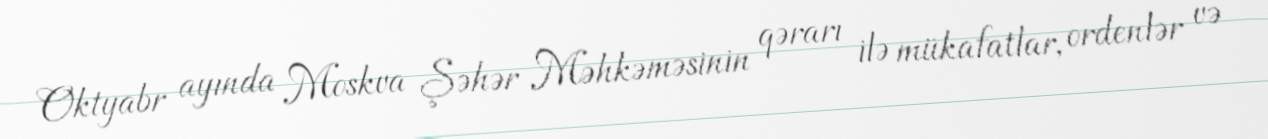
Oktyabr ayında Moskva Şəhər Məhkəməsinin qərarı ilə mükafatlar, ordenlər və